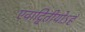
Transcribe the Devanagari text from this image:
एवाद्वितीयोऽहं